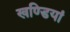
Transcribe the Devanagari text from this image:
खण्डियां